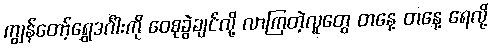
ကျွန်တော့်ရွှေဒင်္ဂါးကို ဝေစုခွဲချင်လို့ လာကြတဲ့လူတွေ တနေ့ တနေ့ ရေလို့